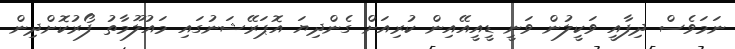
ނަމަވެސް ދިފާއީ ވަކީލުން ވަނީ ޑީއީއޭއިން ކުރިއަށް ގެންދިޔަ އޮޕަރޭޝަނުގައި މައުލޫމާތު ފޯރުކޮށްދިން